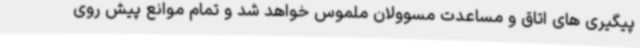
پیگیری های اتاق و مساعدت مسوولان ملموس خواهد شد و تمام موانع پیش روی